Indian journal of veterinary science and animal husbandry - Volumes 18-21, 1948-1951
Year: 1948
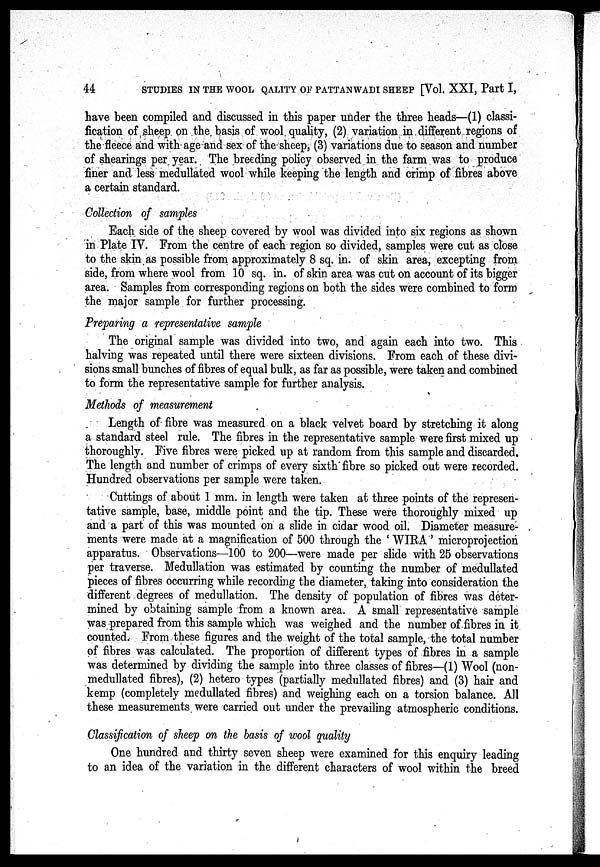
44
STUDIES IN THE WOOL QALITY OF PATTANWADI SHEEP [Vol. XXI, Part I,
have been compiled and discussed in this paper under the three heads—(1) classi-
fication of sheep on the basis of wool quality, (2) variation in different regions of
the fleece and with age and sex of the sheep, (3) variations due to season and number
of shearings per year. The breeding policy observed in the farm was to produce
finer and less medullated wool while keeping the length and crimp of fibres above
a certain standard.
Collection of samples
Each side of the sheep covered by wool was divided into six regions as shown
in Plate IV. From the centre of each region so divided, samples were cut as close
to the skin as possible from approximately 8 sq. in. of skin area, excepting from
side, from where wool from 10 sq. in. of skin area was cut on account of its bigger
area. Samples from corresponding regions on both the sides were combined to form
the major sample for further processing.
Preparing a representative sample
The original sample was divided into two, and again each into two. This
halving was repeated until there were sixteen divisions. From each of these divi-
sions small bunches of fibres of equal bulk, as far as possible, were taken and combined
to form the representative sample for further analysis.
Methods of measurement
Length of fibre was measured on a black velvet board by stretching it along
a standard steel rule. The fibres in the representative sample were first mixed up
thoroughly. Five fibres were picked up at random from this sample and discarded.
The length and number of crimps of every sixth fibre so picked out were recorded.
Hundred observations per sample were taken.
Cuttings of about 1 mm. in length were taken at three points of the represen-
tative sample, base, middle point and the tip. These were thoroughly mixed up
and a part of this was mounted on a slide in cidar wood oil. Diameter measure-
ments were made at a magnification of 500 through the ' WIRA ' microprojection
apparatus. Observations—100 to 200—were made per slide with 25 observations
per traverse. Medullation was estimated by counting the number of medullated
pieces of fibres occurring while recording the diameter, taking into consideration the
different degrees of medullation. The density of population of fibres was deter-
mined by obtaining sample from a known area. A small representative sample
was prepared from this sample which was weighed and the number of fibres in it
counted. From these figures and the weight of the total sample, the total number
of fibres was calculated. The proportion of different types of fibres in a sample
was determined by dividing the sample into three classes of fibres—(1) Wool (non-
medullated fibres), (2) hetero types (partially medullated fibres) and (3) hair and
kemp (completely medullated fibres) and weighing each on a torsion balance. All
these measurements were carried out under the prevailing atmospheric conditions.
Classification of sheep on the basis of wool quality
One hundred and thirty seven sheep were examined for this enquiry leading
to an idea of the variation in the different characters of wool within the breed